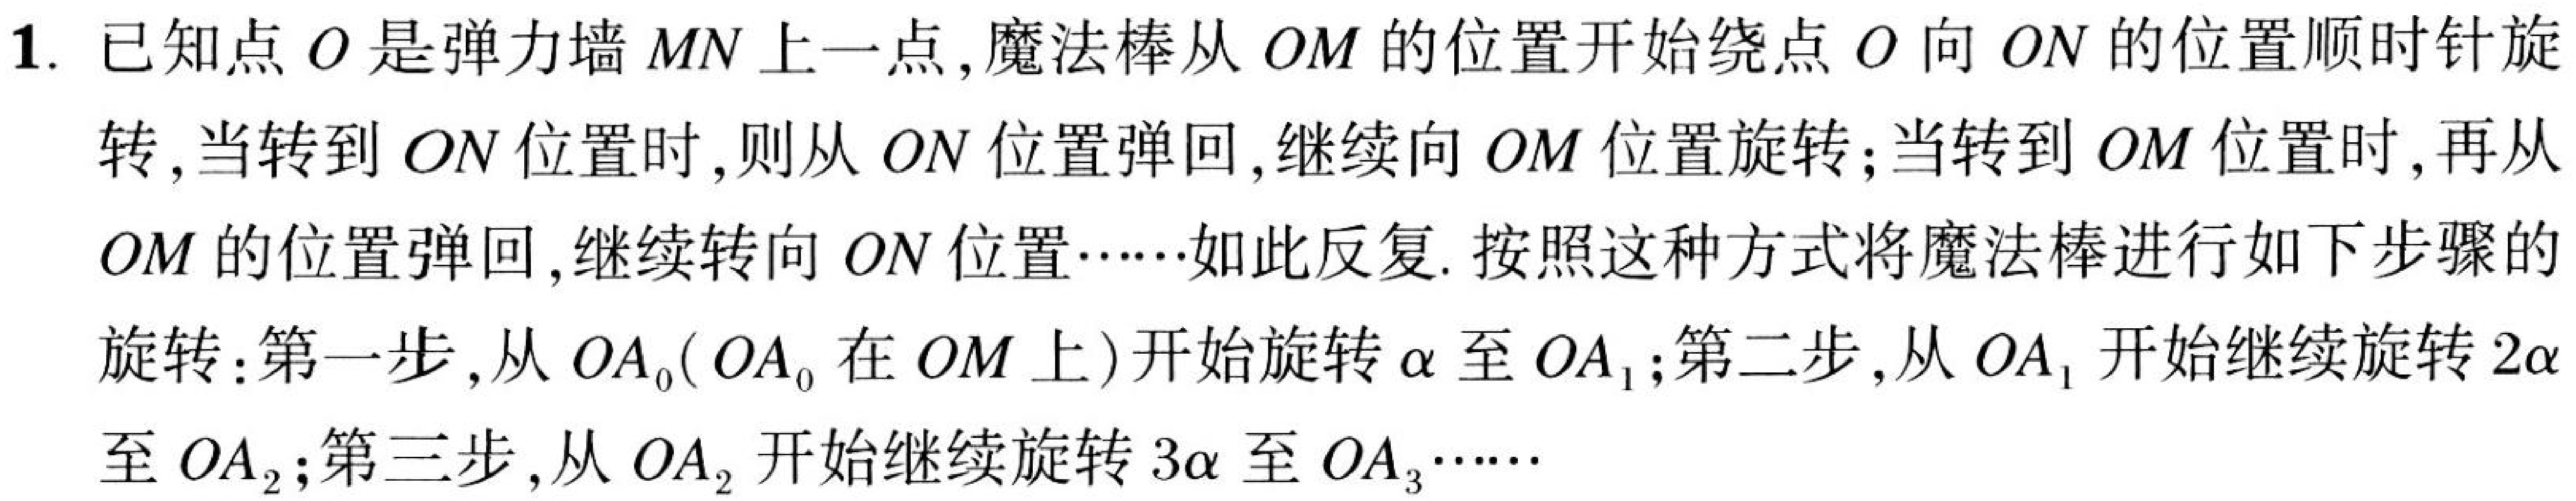
1. 已知点$O$是弹力墙$MN$上一点,魔法棒从$OM$的位置开始绕点$O$向$ON$的位置顺时针旋转,当转到$ON$位置时,则从$ON$位置弹回,继续向$OM$位置旋转;当转到$OM$位置时,再从$OM$的位置弹回,继续转向$ON$位置……如此反复. 按照这种方式将魔法棒进行如下步骤的旋转:第一步,从$OA_{0}(OA_{0}$在$OM$上)开始旋转$\alpha$至$OA_{1}$;第二步,从$OA_{1}$开始继续旋转$2\alpha$至$OA_{2}$;第三步,从$OA_{2}$开始继续旋转$3\alpha$至$OA_{3}$……